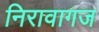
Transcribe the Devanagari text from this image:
निरावागज